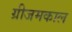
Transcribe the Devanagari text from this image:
ग्रीजमकाल